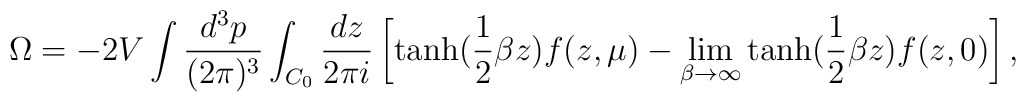
\Omega =- 2 V \int \frac {d^3p} {(2\pi)^3} \int_{C_0} \frac{dz}{2\pi i}  \left [\mbox{tanh} (\frac 12 \beta z)  f(z,\mu)-\lim_{\beta\rightarrow \infty}         \mbox{tanh}          (\frac 12 \beta z) f(z,0) \right ],